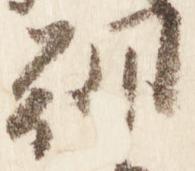
朝